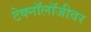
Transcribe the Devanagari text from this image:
टेक्नॉलॉजीवर